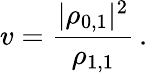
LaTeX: v=\frac{|{\rho}_{0,1}|^{2}}{{\rho}_{1,1}}\, .